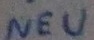
Text: NEU